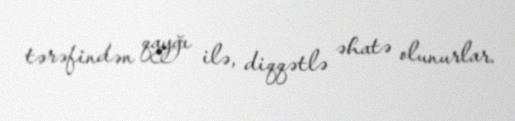
tərəfindən qayğı ilə, diqqətlə əhatə olunurlar.